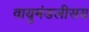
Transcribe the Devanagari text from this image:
वायुमंडलीसय